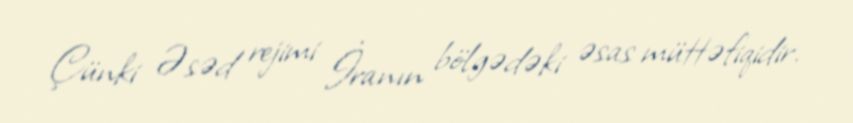
Çünki Əsəd rejimi İranın bölgədəki əsas müttəfiqidir.